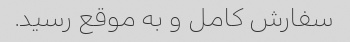
سفارش کامل و به موقع رسید.